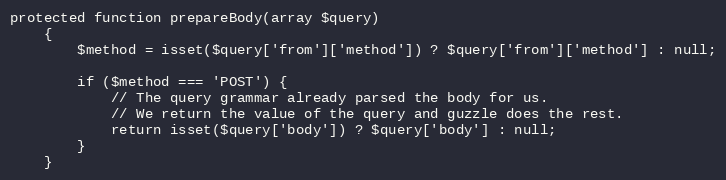
Language: PHP
protected function prepareBody(array $query)
    {
        $method = isset($query['from']['method']) ? $query['from']['method'] : null;

        if ($method === 'POST') {
            // The query grammar already parsed the body for us.
            // We return the value of the query and guzzle does the rest.
            return isset($query['body']) ? $query['body'] : null;
        }
    }